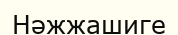
Нәжжашиге